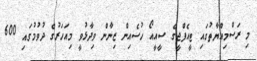
މި ރަސްމިއްޔާތުގައި ޓީއެފްޖީގެ ސީއީއޯ ހުސެއިން ޒިނާން ވިދާޅުވީ މިއަހަރުގެ ދުވުމުގައި 600